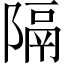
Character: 隔